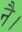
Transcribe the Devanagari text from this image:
नै।